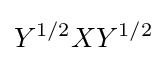
Y^{1/2}XY^{1/2}